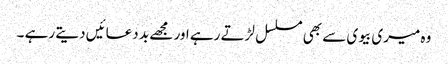
وہ میری بیوی سے بھی مسلسل لڑتے رہے اور مجھے بد دعائیں دیتے رہے ۔